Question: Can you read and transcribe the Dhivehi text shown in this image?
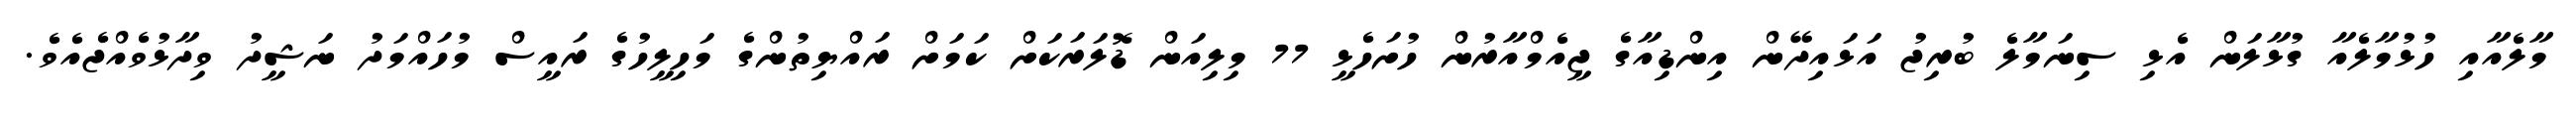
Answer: މާލެއާއި ހުޅުމާލެއާ ގުޅާލަން އެޅި ސިނަމާލެ ބުރިޖު އަޅައިދޭން އިންޑިއާގެ ޖީއެމްއާރުން ހުށަހެޅީ 77 މިލިއަން ޑޮލަރަކަށް ކަމަށް ރައްޔިތުންގެ މަހިލީހުގެ ރައީސް މުހައްމަދު ނަޝީދު ވިދާޅުވެއްޖެއެވެ.